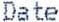
DATE